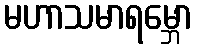
မဟာသမာရမ္ဘော